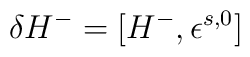
\delta H^- = [H^- , \epsilon^{s,0} ]